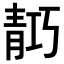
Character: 𬰗